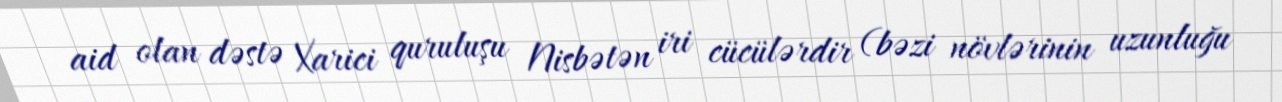
aid olan dəstə Xarici quruluşu Nisbətən iri cücülərdir (bəzi növlərinin uzunluğu